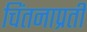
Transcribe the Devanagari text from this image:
चिंतनाप्रती